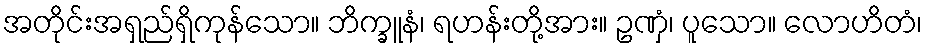
အတိုင်းအရှည်ရှိကုန်သော။ ဘိက္ခူနံ၊ ရဟန်းတို့အား။ ဥဏှံ၊ ပူသော။ လောဟိတံ၊